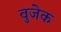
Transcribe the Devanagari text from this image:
वुजेक